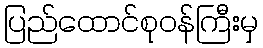
ပြည်ထောင်စုဝန်ကြီးမှ